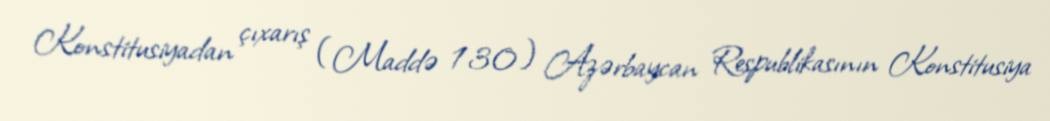
Konstitusiyadan çıxarış (Maddə 130) Azərbaycan Respublikasının Konstitusiya